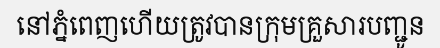
នៅភ្នំពេញហើយត្រូវបានក្រុមគ្រួសារបញ្ជូន